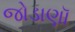
જોડાણૉ